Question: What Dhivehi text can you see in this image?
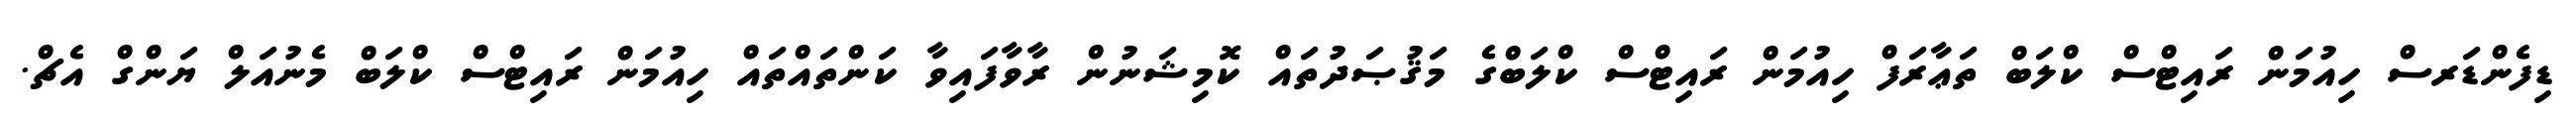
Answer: ޑިފެންޑަރސް ހިއުމަން ރައިޓްސް ކްލަބް ތަޢާރަފް ހިއުމަން ރައިޓްސް ކްލަބްގެ މަޤުޞަދުތައް ކޮމިޝަނުން ރާވާފައިވާ ކަންތައްތައް ހިއުމަން ރައިޓްސް ކްލަބް މެނުއަލް ޔަންގް އެޗް.